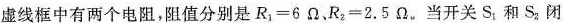
虚线框中有两个电阻，阻值分别是$$R _ { 1 } = 6 \Omega$$，$$R _ { 2 } = 2 . 5 \Omega$$。当 开关S_{1}和S_{2}闭